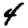
Digit: 4